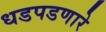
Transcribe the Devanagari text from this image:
धडपडणारे